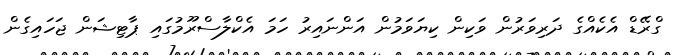
ގްރޭޑް އެކެއްގެ ދަރިވަރުން ވަކިން ކިޔަވަމުން އަންނައިރު ހަމަ އެކްލާސްރޫމުގައި ޕާޓިޝަން ޖަހައިގެން